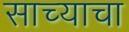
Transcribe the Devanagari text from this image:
साच्याचा